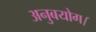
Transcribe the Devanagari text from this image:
अनुबयोग।